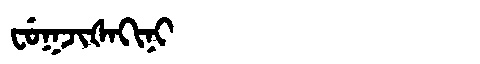
Manchu: ᠸᡠᡴᠵᡳᡧᠠᡴᡳᠨᡳ
Romanization: FUKJIŠAKINI